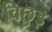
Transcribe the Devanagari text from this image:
विछुड़